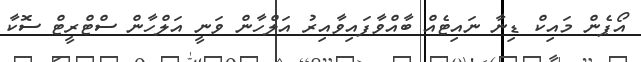
އޯޕެން މައިކް ޑިނާ ނައިޓެއް ބާއްވާފައިވާއިރު އަލްހާން ވަނީ އަލްހާން ސްޓްރީޓް ސޮކާ